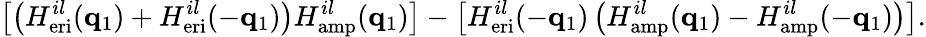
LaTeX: \left[\left(H_{\mathrm{eri}}^{il}(\mathbf{q}_{1})+H_{\mathrm{eri}}^{il}(-\mathbf{q}_{1})\right)H_{\mathrm{amp}}^{il}(\mathbf{q}_{1})\right]-\left[H_{\mathrm{eri}}^{il}(-\mathbf{q}_{1})\left(H_{\mathrm{amp}}^{il}(\mathbf{q}_{1})-H_{\mathrm{amp}}^{il}(-\mathbf{q}_{1})\right)\right].